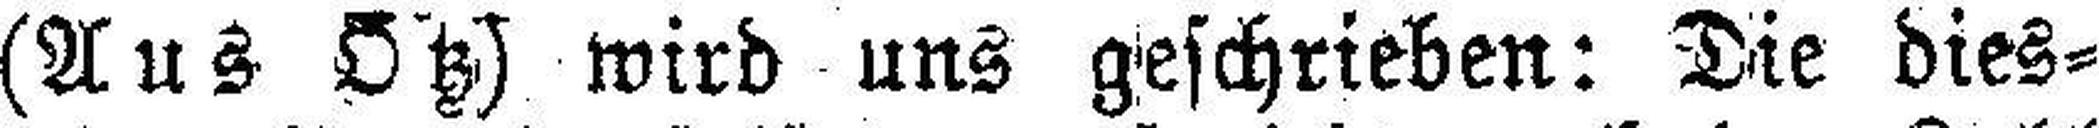
(Aus Ötz) wird uns geschrieben: Die dies¬